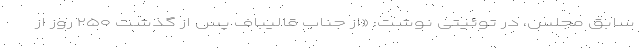
سابق مجلس، در توئیتی نوشت: «از جناب قالیباف پس از گذشت ۲۵۰ روز از